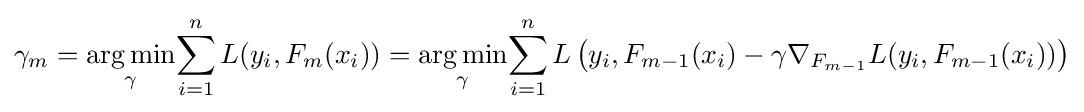
\gamma _{m}={\underset {\gamma }{\arg \min }}{\sum _{i=1}^{n}{L(y_{i},F_{m}(x_{i}))}}={\underset {\gamma }{\arg \min }}{\sum _{i=1}^{n}{L\left(y_{i},F_{m-1}(x_{i})-\gamma \nabla _{F_{m-1}}L(y_{i},F_{m-1}(x_{i}))\right)}}